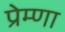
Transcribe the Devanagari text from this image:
प्रेम्णा